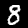
Digit: 8